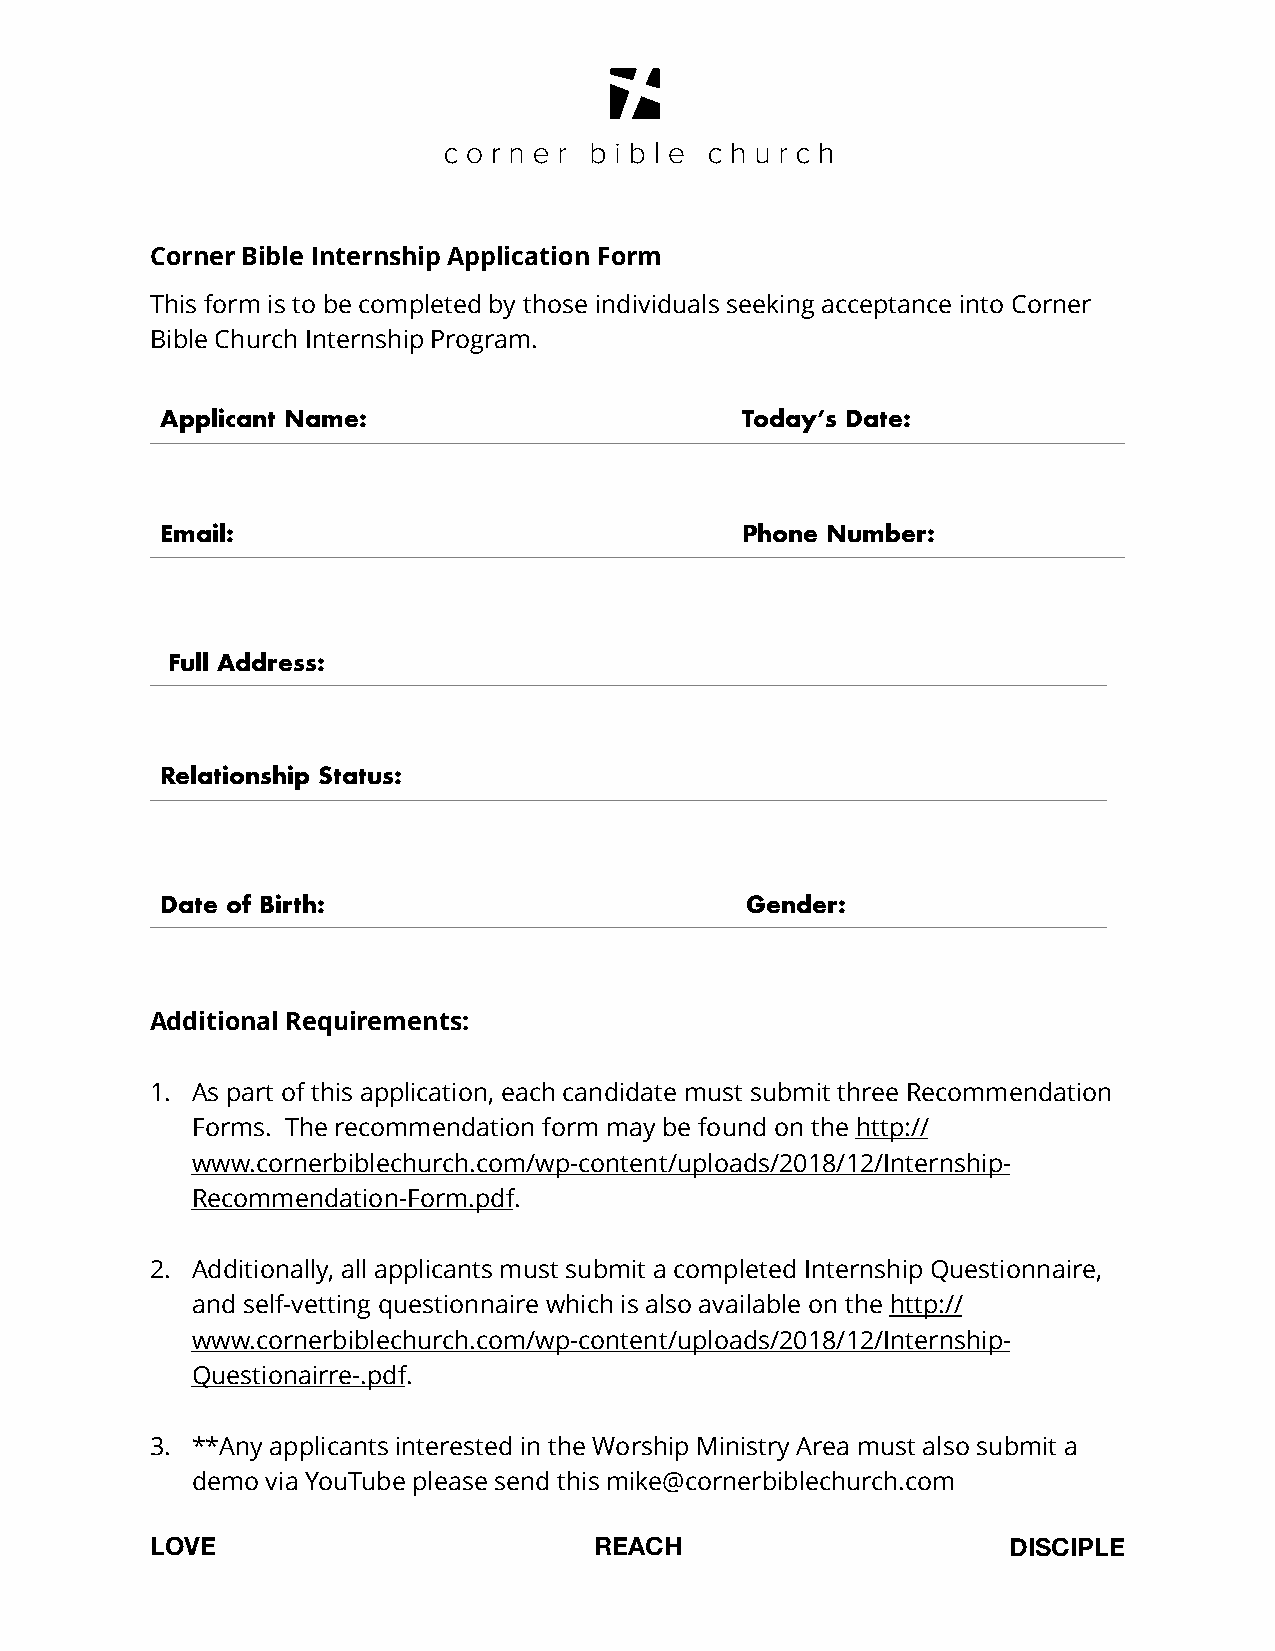
Corner Bible Internship Application Form
 This form is to be completed by those individuals seeking acceptance into Corner
 Bible Church Internship Program.
 Applicant Name:                       Today’s Date:
 Email:                                Phone Number:
 Full Address:
 Relationship Status:
 Date of Birth:                        Gender:
 Additional Requirements:
 1. As part of this application, each candidate must submit three Recommendation
 Forms. The recommendation form may be found on the http://
 www.cornerbiblechurch.com/wp-content/uploads/2018/12/Internship-
 Recommendation-Form.pdf.
 2. Additionally, all applicants must submit a completed Internship Questionnaire,
 and self-vetting questionnaire which is also available on the http://
 www.cornerbiblechurch.com/wp-content/uploads/2018/12/Internship-
 Questionairre-.pdf.
 3. **Any applicants interested in the Worship Ministry Area must also submit a
 demo via YouTube please send this mike@cornerbiblechurch.com
 LOVE                         REACH                       DISCIPLE